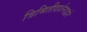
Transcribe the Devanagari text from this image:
त्रिमितीदर्शनाद्वारे